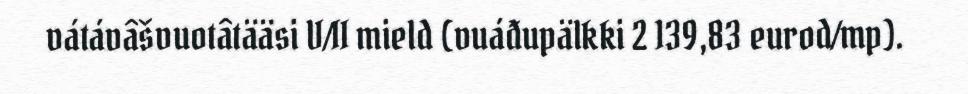
vátávâšvuotâtääsi V/II mield (vuáđupälkki 2 139,83 eurod/mp).